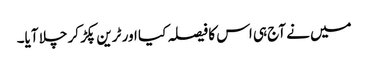
میں نے آج ہی اس کا فیصلہ کیا اور ٹرین پکڑ کر چلا آیا۔